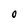
Character: O